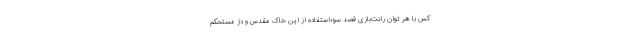
کس با هر توان رانت‌بازی قصد سوءاستفاده از این خاک مقدس و دژ مستحکم